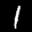
Label: 1